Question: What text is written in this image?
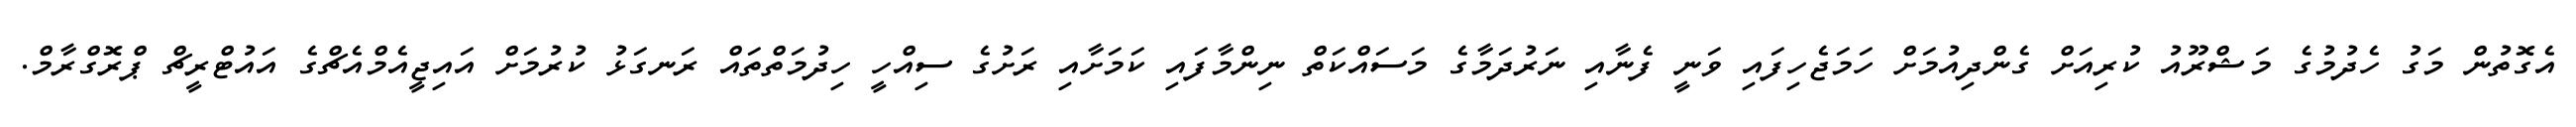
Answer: އެގޮތުން މަގު ހެދުމުގެ މަޝްރޫއު ކުރިއަށް ގެންދިއުމަށް ހަމަޖެހިފައި ވަނީ ފެނާއި ނަރުދަމާގެ މަސައްކަތް ނިންމާފައި ކަމަށާއި ރަށުގެ ސިއްހީ ހިދުމަތްތައް ރަނގަޅު ކުރުމަށް އައިޖީއެމްއެޗްގެ އައުޓްރީޗް ޕްރޮގްރާމް.